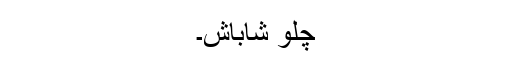
چلو شاباش۔